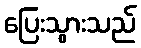
ပြေးသွားသည်